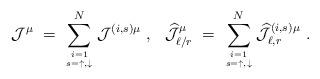
LaTeX: \begin{align*}{\mathcal J}^\mu\;=\;\sum_{i=1 \atop s=\uparrow,\downarrow}^N{\mathcal J}^{(i,s)\mu}~,~~ \widehat{{\mathcal J}}_{\ell/r}^\mu \;=\;\sum_{i=1\atop s=\uparrow,\downarrow}^N\widehat{{\mathcal J}}_{\ell,r}^{(i,s)\mu}~.\end{align*}